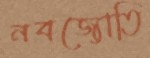
নবজ্যোতি